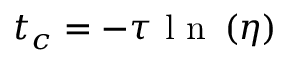
t _ { c } = - \tau \mathrm { ~ l ~ n ~ } \left( \eta \right)